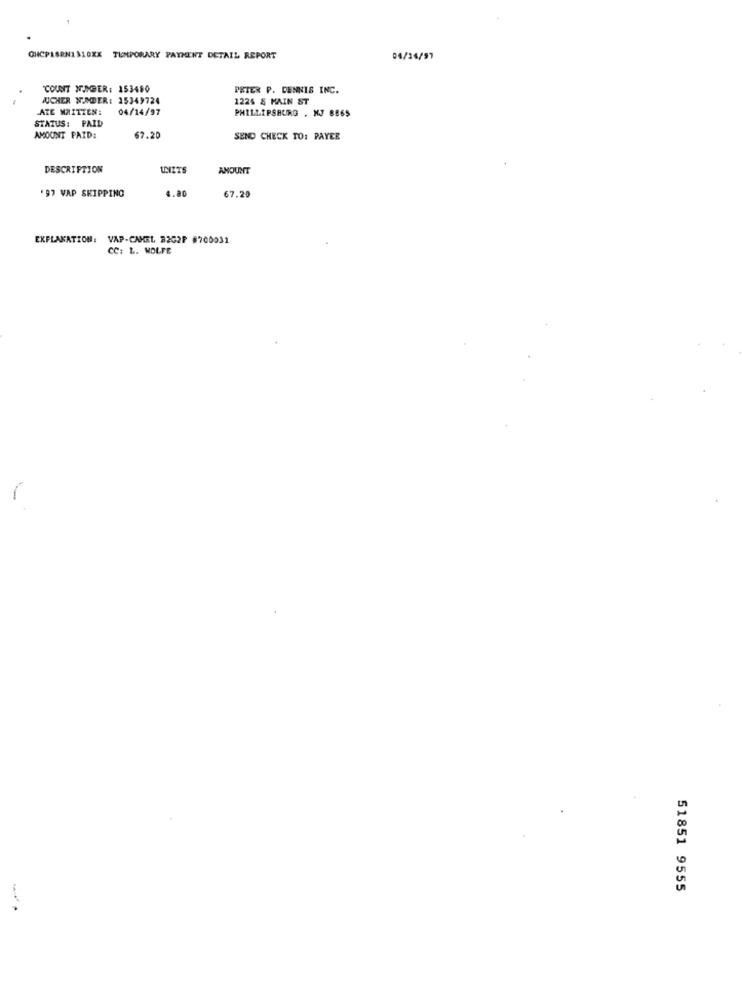
GHCPASRN1310XX
TEMPORARY PAYMENT DETAIL REPORT
04/24/97
"COUNT NINGER: 153480
PETER P. DENNIS INC.
AUCHER WUNDER: 15349724
1224 & MAIN ST
ATE MAITTEN:
04/14/97
PHILLIPSBURG . NJ 8865
STATUS: PAID
AMOUNT PAID:
67.20
SEND CHECK TO: PAYER
DESCRIPTION
UNITS
AMOUNT
4.80
67.20
'97 VAP SHIPPING
EXPLANATION: VAP-CAMEL 8202P #700031
CC: L. WOLFE
51851 9555